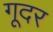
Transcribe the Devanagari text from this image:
गूदर